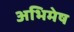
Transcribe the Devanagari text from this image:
अभिमेष